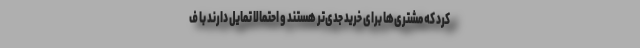
کرد که مشتری‌ها برای خرید جدی‌تر هستند و احتمالا تمایل دارند با ف